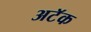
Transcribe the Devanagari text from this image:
अटॅक